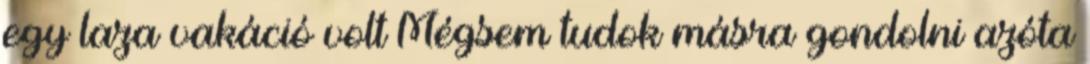
egy laza vakáció volt Mégsem tudok másra gondolni azóta